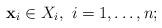
LaTeX: \begin{align*}\mathbf{x}_{i} \in X_{i}, \ i=1,\ldots,n;\end{align*}